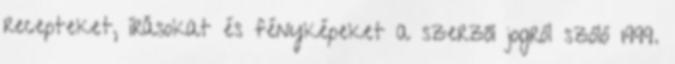
recepteket, írásokat és fényképeket a szerzői jogról szóló 1999.